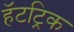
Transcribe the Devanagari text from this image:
हॅटट्रिक